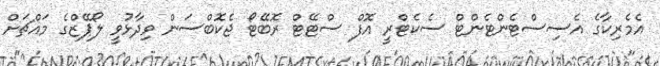
އެމެރިކާގެ އެސިސްޓެންޓެންޓް ސެކެޓްރީ އޮފް ސްޓޭޓް ރޮބޭޓޯ ޖެކޮބްސަން ވިދާޅުވީ ލޯޕޭޒްގެ މައްޗަށް